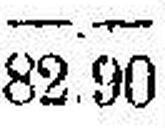
82.90